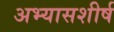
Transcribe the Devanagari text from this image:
अभ्यासशीर्ष